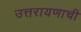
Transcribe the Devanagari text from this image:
उत्तरायणाची